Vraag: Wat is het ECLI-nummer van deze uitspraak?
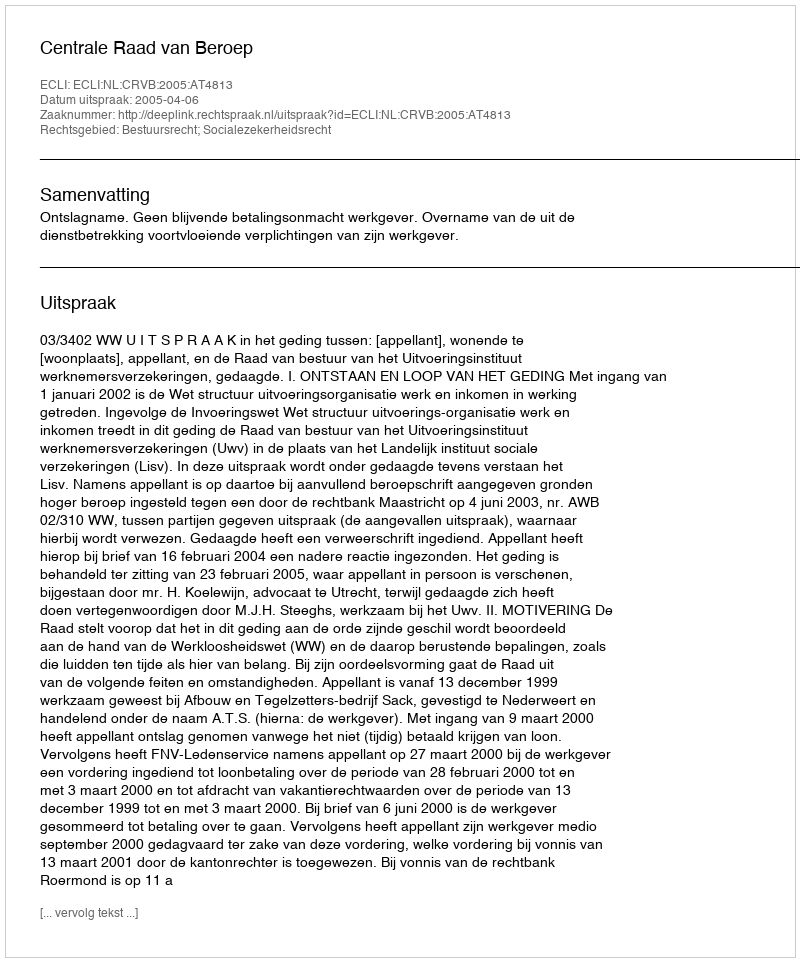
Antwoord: ECLI:NL:CRVB:2005:AT4813